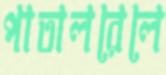
পাতালরেলে